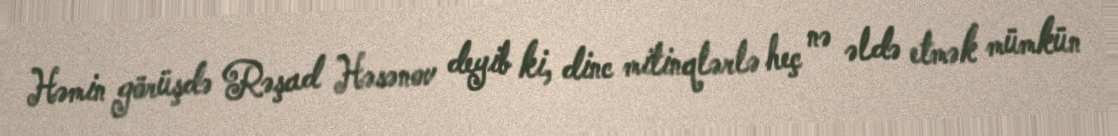
Həmin görüşdə Rəşad Həsənov deyib ki, dinc mitinqlərlə heç nə əldə etmək mümkün